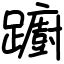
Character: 躕